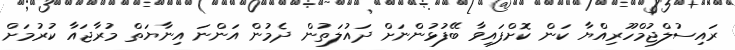
ރައިސުލްޖުމްހޫރިއްޔާ ކަން ކޮށްފައިވާ ބޭފުޅުންނަށް ދައުލަތުން ދެމުން އަންނަ އިނާޔަތް މުރާޖައާ ކުރުމަށް